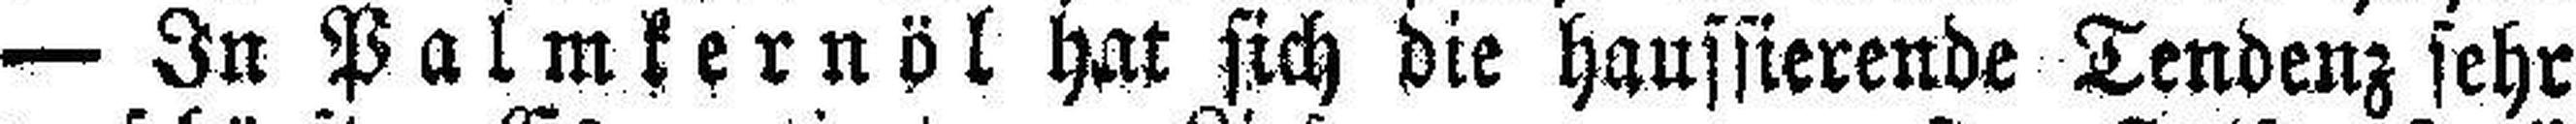
— In Palmkernöl hat sich die haussierende Tendenz sehr